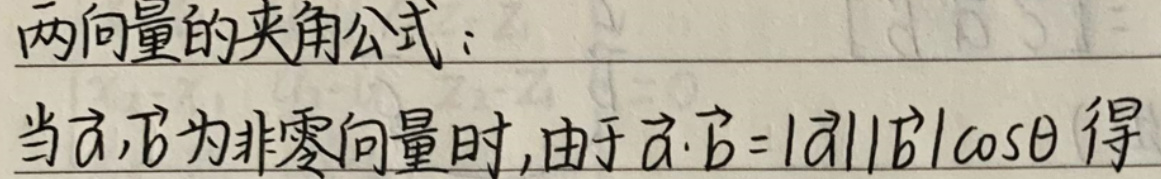
两向量的夹角公式：

当$\vec{a},\vec{b}$为非零向量时, 由于$\vec{a}\cdot\vec{b}=|\vec{a}||\vec{b}|\cos\theta$ 得